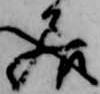
居